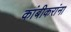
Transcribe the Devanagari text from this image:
कांबीकरांना